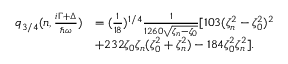
\begin{array} { r l } { q _ { 3 / 4 } ( n , \frac { i \Gamma + \Delta } { \hbar \omega } ) } & { = ( \frac { 1 } { 1 8 } ) ^ { 1 / 4 } \frac { 1 } { 1 2 6 0 \sqrt { \zeta _ { n } - \zeta _ { 0 } } } [ 1 0 3 ( \zeta _ { n } ^ { 2 } - \zeta _ { 0 } ^ { 2 } ) ^ { 2 } } \\ & { + 2 3 2 \zeta _ { 0 } \zeta _ { n } ( \zeta _ { 0 } ^ { 2 } + \zeta _ { n } ^ { 2 } ) - 1 8 4 \zeta _ { 0 } ^ { 2 } \zeta _ { n } ^ { 2 } ] . } \end{array}